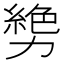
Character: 㔢